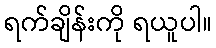
ရက်ချိန်းကို ရယူပါ။